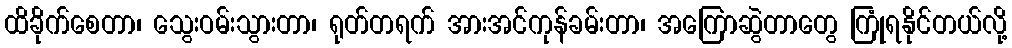
ထိခိုက်စေတာ၊ သွေးဝမ်းသွားတာ၊ ရုတ်တရက် အားအင်ကုန်ခမ်းတာ၊ အကြောဆွဲတာတွေ ကြုံရနိုင်တယ်လို့